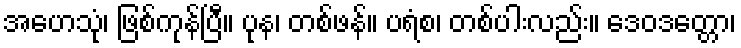
အဟေသုံ၊ ဖြစ်ကုန်ပြီ။ ပုန၊ တစ်ဖန်။ ပရံစ၊ တစ်ပါးလည်း။ ဒေဝဒတ္တော၊